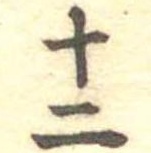
十二